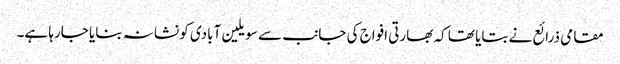
مقامی ذرائع نے بتایا تھا کہ بھارتی افواج کی جانب سے سویلین آبادی کو نشانہ بنایا جارہا ہے۔